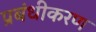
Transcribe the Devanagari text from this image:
प्रबंधीकरण